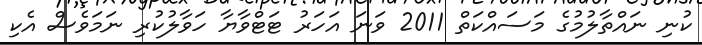
ކުނި ނައްތާލުމުގެ މަސައްކަތް 2011 ވަނަ އަހަރު ޓަޓްވާޔާ ހަވާލުކުރި ނަމަވެސް އެކި